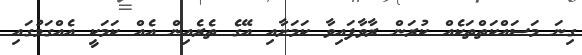
ގިނަ މަސައްކަތްތަކެއް ކުރަން ރާވާފައިވާ ކަމަށާއި އޭގެ ތެރެއިން އެއް ކަމަކީ އެއްގަމުގައި